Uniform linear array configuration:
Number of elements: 64
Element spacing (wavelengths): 0.75
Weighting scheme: blackman
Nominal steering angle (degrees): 45
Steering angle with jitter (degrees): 46.673
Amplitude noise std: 0.05
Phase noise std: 0.05

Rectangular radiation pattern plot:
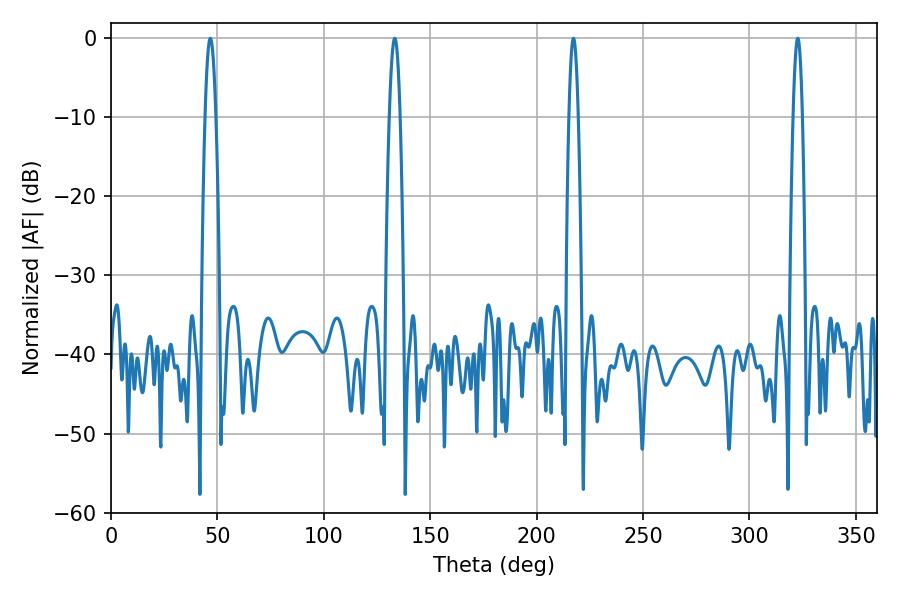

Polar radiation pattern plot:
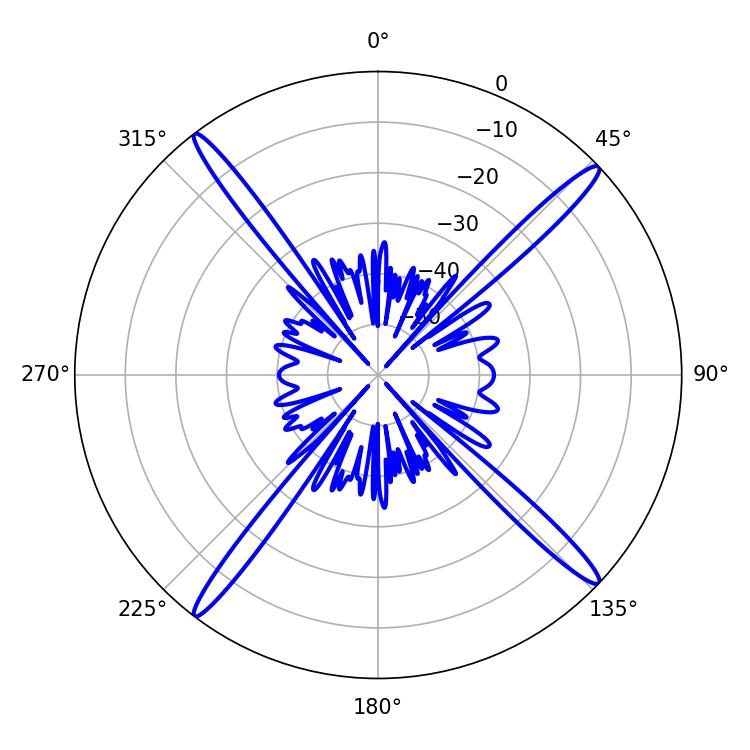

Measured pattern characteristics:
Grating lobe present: TRUE
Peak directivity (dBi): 19.619
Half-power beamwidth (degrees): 2.7
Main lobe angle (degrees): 46.62